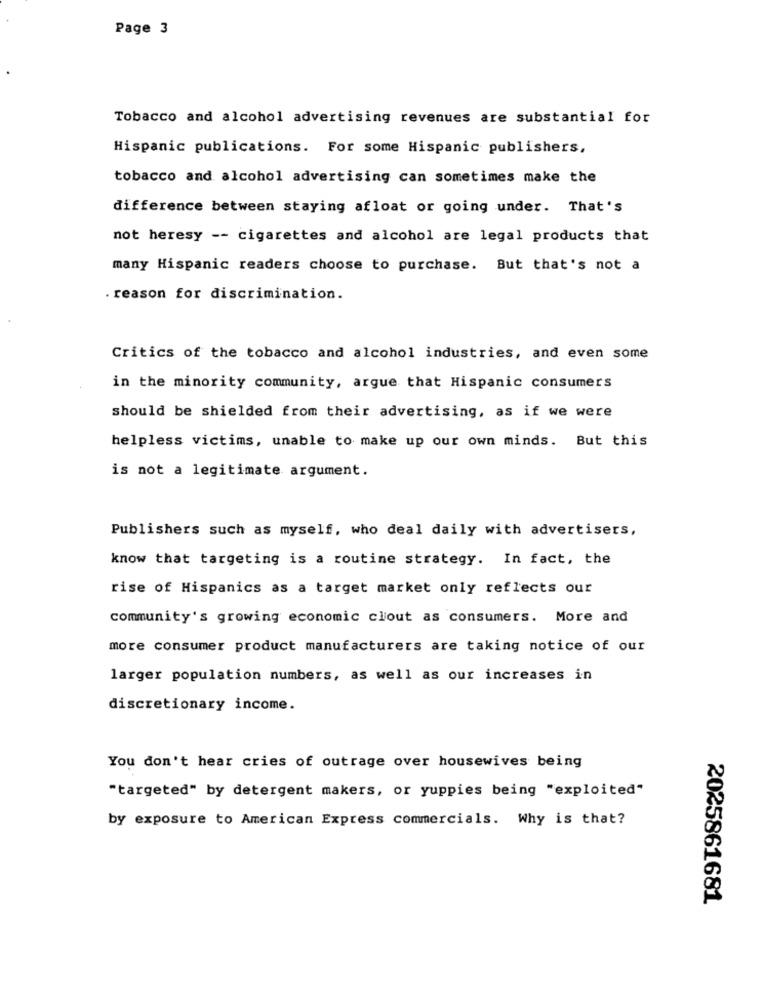
Page 3
Tobacco and alcohol advertising revenues are substantial for
Hispanic publications. For some Hispanic publishers,
tobacco and alcohol advertising can sometimes make the
difference between staying afloat or going under. That's
not heresy -- cigarettes and alcohol are legal products that
many Hispanic readers choose to purchase. But that's not a
. reason for discrimination.
Critics of the tobacco and alcohol industries, and even some
in the minority community, argue that Hispanic consumers
should be shielded from their advertising, as if we were
helpless victims, unable to make up our own minds. But this
is not a legitimate argument.
Publishers such as myself, who deal daily with advertisers,
know that targeting is a routine strategy. In fact, the
rise of Hispanics as a target market only reflects our
community's growing economic clout as consumers. More and
more consumer product manufacturers are taking notice of our
larger population numbers, as well as our increases in
discretionary income.
You don't hear cries of outrage over housewives being
"targeted" by detergent makers, or yuppies being "exploited"
by exposure to American Express commercials. Why is that?
2025861681